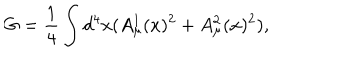
G = \frac { 1 } { 4 } \int d ^ { 4 } x ( A _ { \mu } ^ { 1 } ( x ) ^ { 2 } + A _ { \mu } ^ { 2 } ( x ) ^ { 2 } ) ,